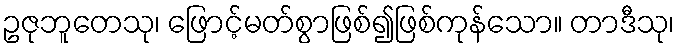
ဥဇုဘူတေသု၊ ဖြောင့်မတ်စွာဖြစ်၍ဖြစ်ကုန်သော။ တာဒီသု၊